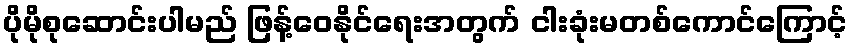
ပိုမိုစုဆောင်းပါမည် ဖြန့်ဝေနိုင်ရေးအတွက် ငါးခုံးမတစ်ကောင်ကြောင့်